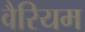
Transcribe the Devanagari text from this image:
वैरियम